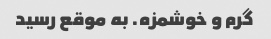
گرم و خوشمزه. به موقع رسید